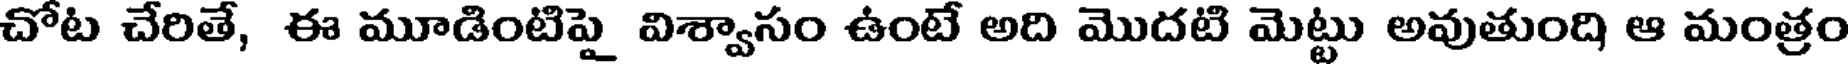
చోట చేరితే, ఈ మూడింటిపై విశ్వాసం ఉంటే అది మొదటి మెట్టు అవుతుంది ఆ మంత్రం